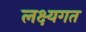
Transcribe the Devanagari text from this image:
लक्ष्यगत